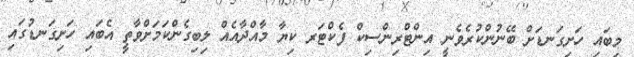
މިބައި ހަށިގަނޑަށް ބޭނުންކުރެވެނީ އިންޓްރިންސިކް ފެކްޓަރ ކިޔާ މާއްދާއެއް ލިބިގެންކަމަށްވާތީ އެބައި ހަށިގަނޑުގައި